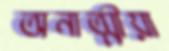
অনাত্মীয়া